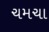
ચમચા